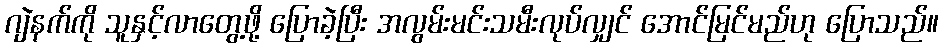
ဂျဲနက်ကို သူနှင့်လာတွေ့ဖို့ ပြောခဲ့ပြီး အလွမ်းမင်းသမီးလုပ်လျှင် အောင်မြင်မည်ဟု ပြောသည်။